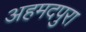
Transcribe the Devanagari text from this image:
अहमदपुरा